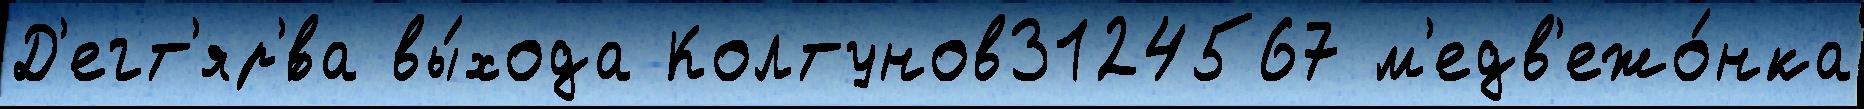
Д'егт'яр'́ва вы́хода Колтунов3124567 м'едв'ежо́нка